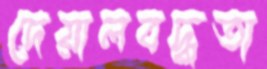
দেয়ালবদ্ধতা